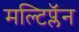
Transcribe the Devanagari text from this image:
मल्टिप्लॅन